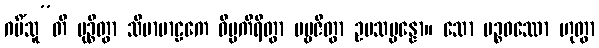
ဂမိံသူ”တိ မုဉ္စိတွာ သီမာမာဠကေ ဝိပ္ပကိရိတွာ ပဗ္ဗဇိတွာ ဥပသမ္ပန္နော။ သော ပဉ္စဝဿော ဟုတွာ